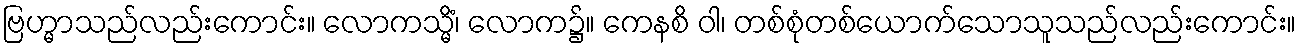
ဗြဟ္မာသည်လည်းကောင်း။ လောကသ္မိံ၊ လောက၌။ ကေနစိ ဝါ၊ တစ်စုံတစ်ယောက်သောသူသည်လည်းကောင်း။